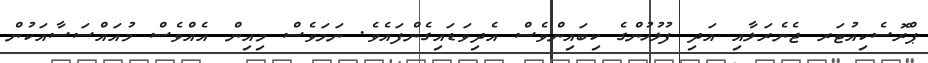
ޕްރޮސެކިއުޓަރ ޖެނެރަލާއި އަދި ފުލުހުންގެ ކިބައިންވެސް އެދިވަޑައިގެންފައެވެ. ނަމަވެސް މިއިން އެއްވެސް މުއައްސަސާއަކުން